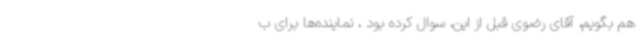
هم بگویم، آقای رضوی قبل از این، سوال کرده بود ، نماینده‌ها برای ب